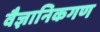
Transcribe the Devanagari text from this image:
वैज्ञानिकगण